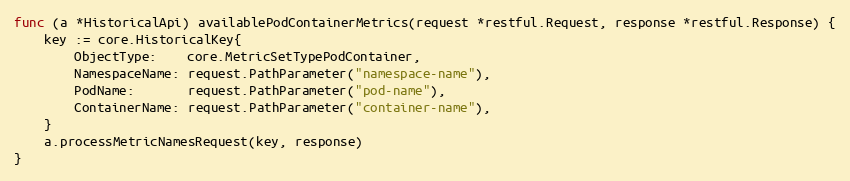
Language: Go
func (a *HistoricalApi) availablePodContainerMetrics(request *restful.Request, response *restful.Response) {
	key := core.HistoricalKey{
		ObjectType:    core.MetricSetTypePodContainer,
		NamespaceName: request.PathParameter("namespace-name"),
		PodName:       request.PathParameter("pod-name"),
		ContainerName: request.PathParameter("container-name"),
	}
	a.processMetricNamesRequest(key, response)
}